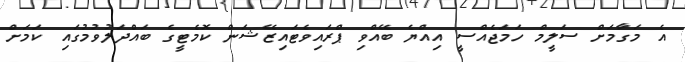
އެ މަގާމަށް ސަލީމް ހަމަޖެއްސީ އިއްޔެ ބޭއްވި ޕްރައިވެޓައިޒޭޝަން ކޮމެޓީގެ ބައްދަލުވުމުގައި ކަމަށް